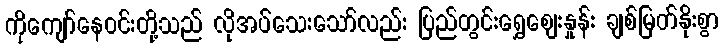
ကိုကျော်နေဝင်းတို့သည် လိုအပ်သေးသော်လည်း ပြည်တွင်းရွှေဈေးနှုန်း ချစ်မြတ်နိုးစွာ